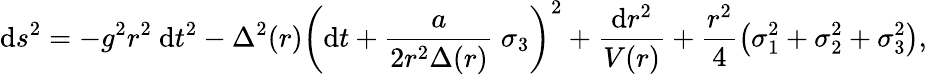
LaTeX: \mathrm{d}s^{2}=-g^{2}r^{2}\ \mathrm{d}t^{2}-\Delta^{2}(r)\left(\mathrm{d}t+\frac{{a}}{{2r^{2}\Delta(r)}}\ \sigma_{3}\right)^{2}+\frac{{\mathrm{d}r^{2}}}{{V(r)}}+\frac{{r^{2}}}{{4}}\left(\sigma_{1}^{2}+\sigma_{2}^{2}+\sigma_{3}^{2}\right),